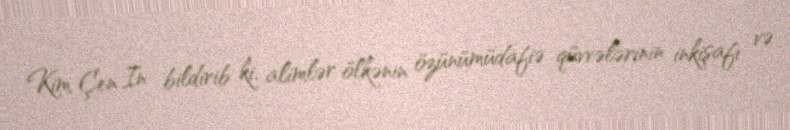
Kim Çen In bildirib ki, alimlər ölkənin özünümüdafiə qüvvələrinin inkişafı və